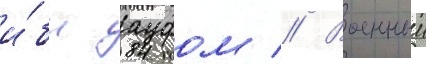
и́бн ауфом // Военныи